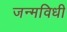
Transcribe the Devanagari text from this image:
जन्मविधी